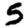
Digit: 5